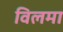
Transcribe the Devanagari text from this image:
विलमा